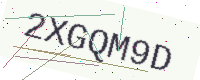
Text: 2XGQM9D